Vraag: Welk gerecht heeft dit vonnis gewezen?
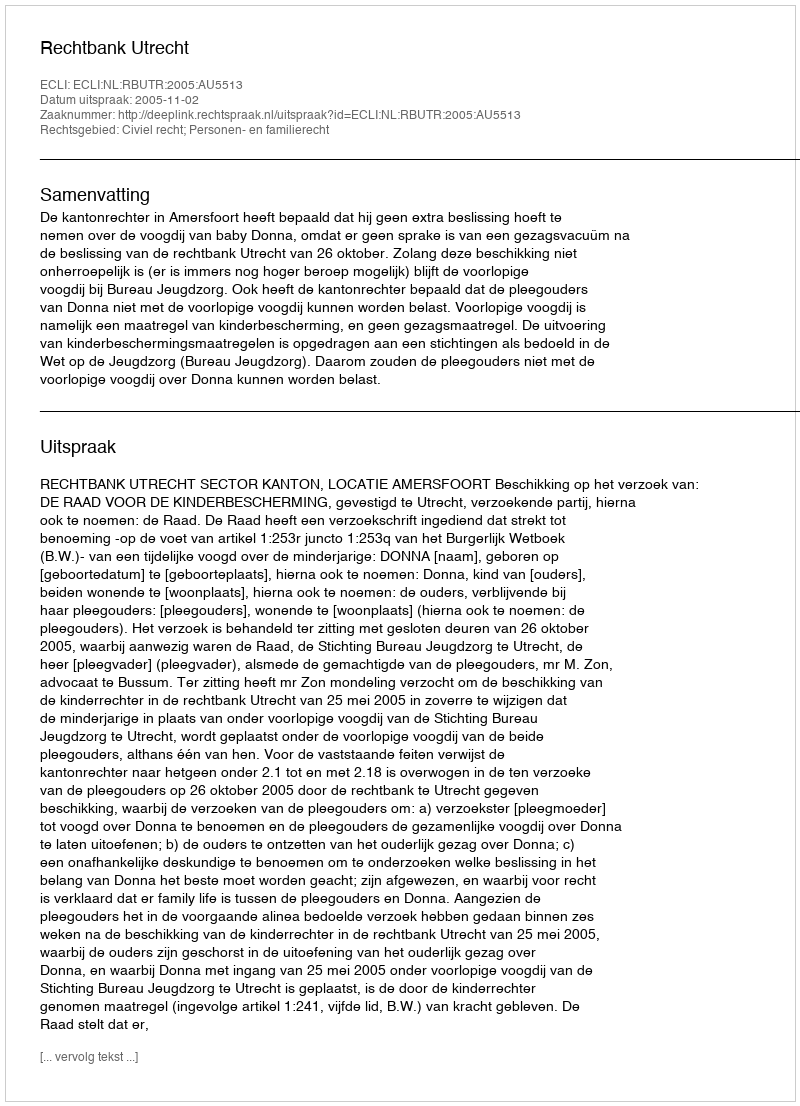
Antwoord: Rechtbank Utrecht